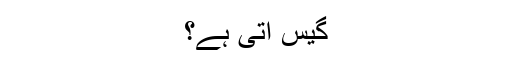
گیس آتی ہے؟